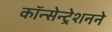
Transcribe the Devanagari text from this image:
कॉन्सेन्ट्रेशनने